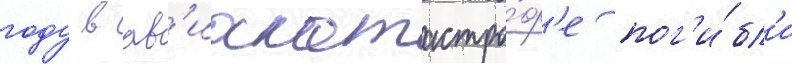
году в ав'иакатастро́ф'е пог'и́бл'и